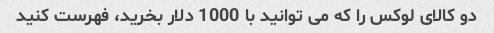
دو کالای لوکس را که می توانید با 1000 دلار بخرید، فهرست کنید